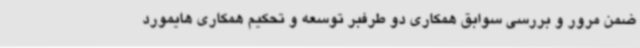
ضمن مرور و بررسی سوابق همکاری دو طرفبر توسعه و تحکیم همکاری هایمورد